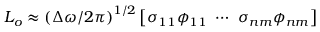
\b { L _ { o } } \approx \left( \Delta \omega / 2 \pi \right) ^ { 1 / 2 } \left[ \sigma _ { 1 1 } \b { \phi } _ { 1 1 } \ \cdots \ \sigma _ { n m } \b { \phi } _ { n m } \right]